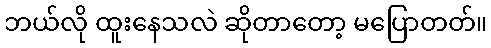
ဘယ်လို ထူးနေသလဲ ဆိုတာတော့ မပြောတတ်။